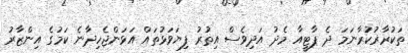
ތަކުރާރުކުރާނަމަ ދެ ޕާޓީއާ މެދު އަދިވެސް އިތުރު ފިޔަވަޅުތައް އަޅަންޖެހިދާނެ ކަމުގެ އިންޒާރު